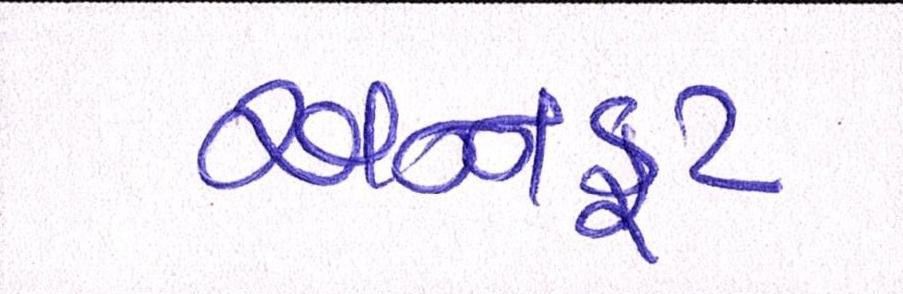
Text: અન્નકૂટ